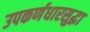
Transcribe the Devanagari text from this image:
उपकर्णधारसुद्धा